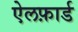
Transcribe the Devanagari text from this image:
ऐलफ़ार्ड